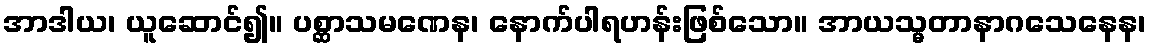
အာဒါယ၊ ယူဆောင်၍။ ပစ္ဆာသမဏေန၊ နောက်ပါရဟန်းဖြစ်သော။ အာယသ္မတာနာဂသေနေန၊